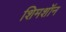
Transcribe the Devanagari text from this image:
शिमशॉन